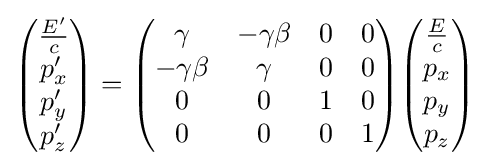
{\begin{pmatrix}{\frac {E'}{c}}\\p'_{x}\\p'_{y}\\p'_{z}\end{pmatrix}}={\begin{pmatrix}\gamma &-\gamma \beta &0&0\\-\gamma \beta &\gamma &0&0\\0&0&1&0\\0&0&0&1\end{pmatrix}}{\begin{pmatrix}{\frac {E}{c}}\\p_{x}\\p_{y}\\p_{z}\end{pmatrix}}